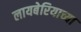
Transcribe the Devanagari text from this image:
लायबेरियाच्या